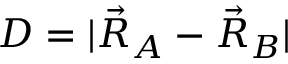
D = | \vec { R } _ { A } - \vec { R } _ { B } |